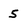
Character: 5